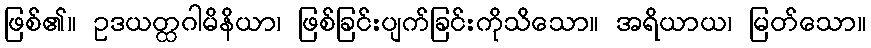
ဖြစ်၏။ ဥဒယတ္ထဂါမိနိယာ၊ ဖြစ်ခြင်းပျက်ခြင်းကိုသိသော။ အရိယာယ၊ မြတ်သော။